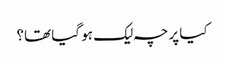
کیا پرچہ لیک ہو گیا تھا؟